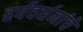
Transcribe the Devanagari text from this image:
हर्षवर्धनांचे